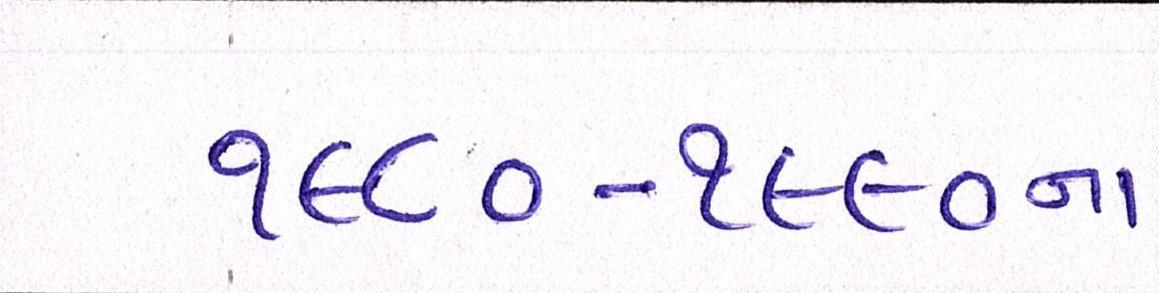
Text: ૧૯૮૦-૧૯૯૦ના